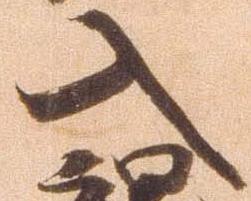
入